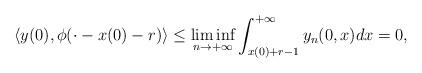
LaTeX: \begin{align*}\langle y(0),\phi(\cdot-x(0)-r)\rangle&\leq \liminf_{n\to+\infty}\int_{x(0)+r-1}^{+\infty}y_n(0,x)dx=0,\end{align*}